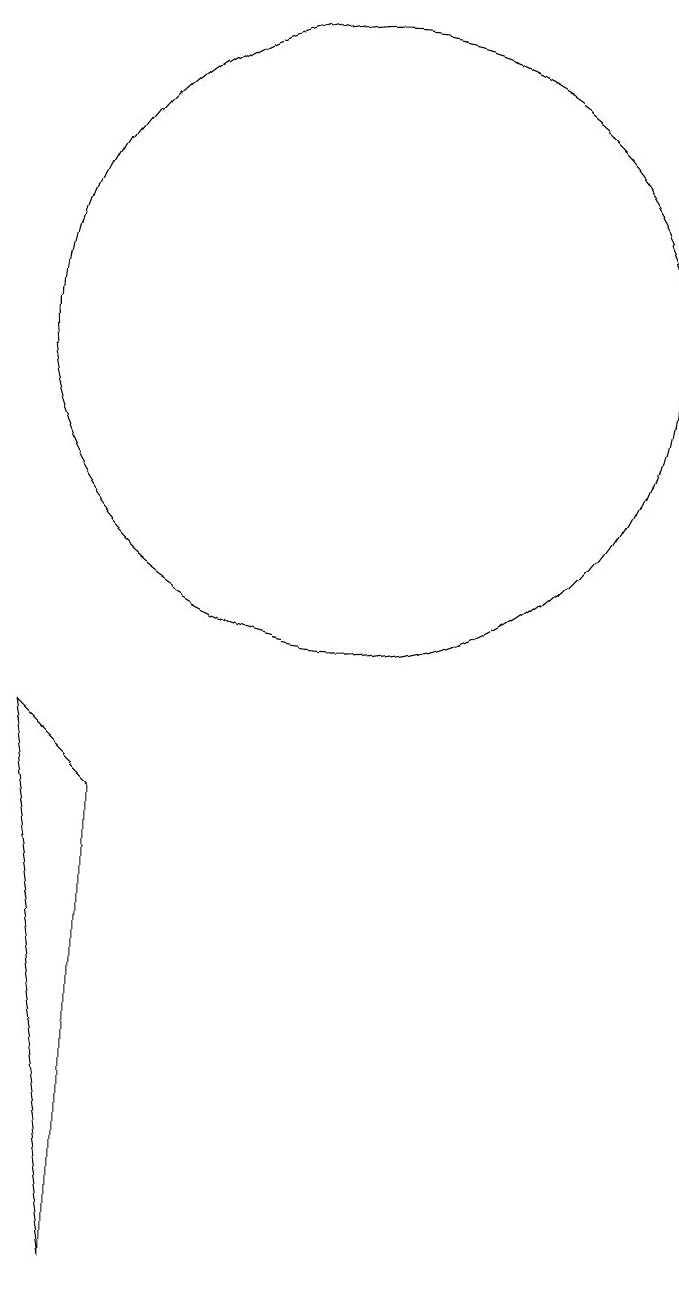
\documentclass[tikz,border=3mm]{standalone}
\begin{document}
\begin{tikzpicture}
\draw (7,0) -- (7,6) -- (6,7) -- cycle;
\draw (10,12) circle (4);
\draw (10,10) circle (0);
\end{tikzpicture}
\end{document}